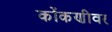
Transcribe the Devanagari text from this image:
कोंकणीवर